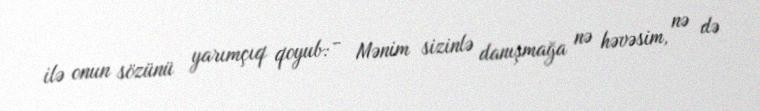
ilə onun sözünü yarımçıq qoyub: - Mənim sizinlə danışmağa nə həvəsim, nə də